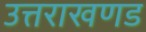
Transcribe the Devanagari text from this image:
उत्तराखणड